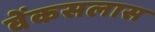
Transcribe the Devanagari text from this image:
वेंकसलास